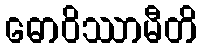
ဓောဝိဿာမီတိ